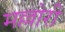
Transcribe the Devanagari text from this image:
मल्लोरी